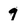
Character: 9